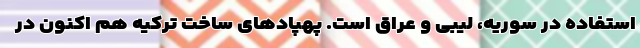
استفاده در سوریه، لیبی و عراق است. پهپادهای ساخت ترکیه هم اکنون در